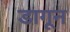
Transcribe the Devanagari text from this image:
डागून